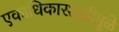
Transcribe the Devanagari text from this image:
एकाधिकारशाहीमुळे